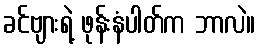
ခင်ဗျားရဲ့ ဖုန်းနံပါတ်က ဘာလဲ။